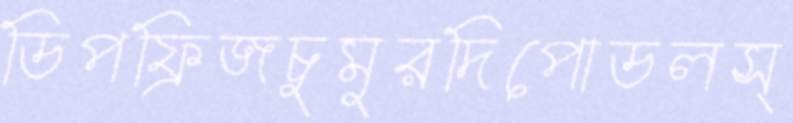
ডিপফ্রিজচুমুরদিপোডলস্